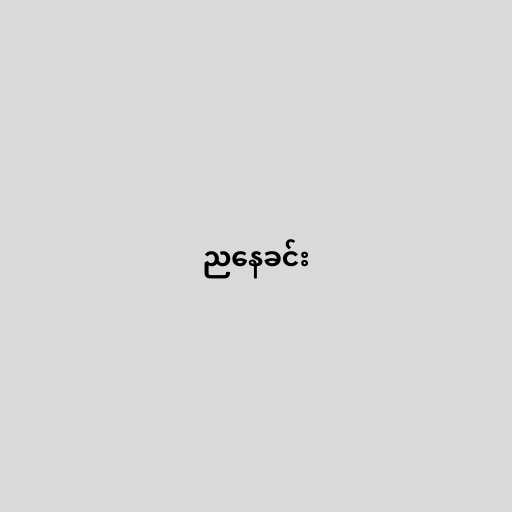
ညနေခင်း